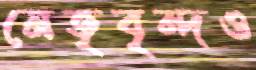
নেতৃবৃন্দও